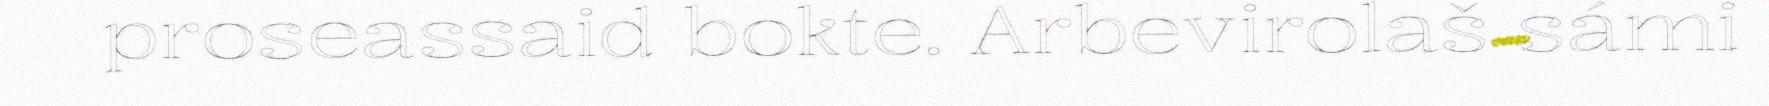
proseassaid bokte. Arbevirolaš sámi